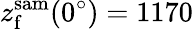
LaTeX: z_{\mathrm{f}}^{\mathrm{sam}}(0^{\circ})=1170